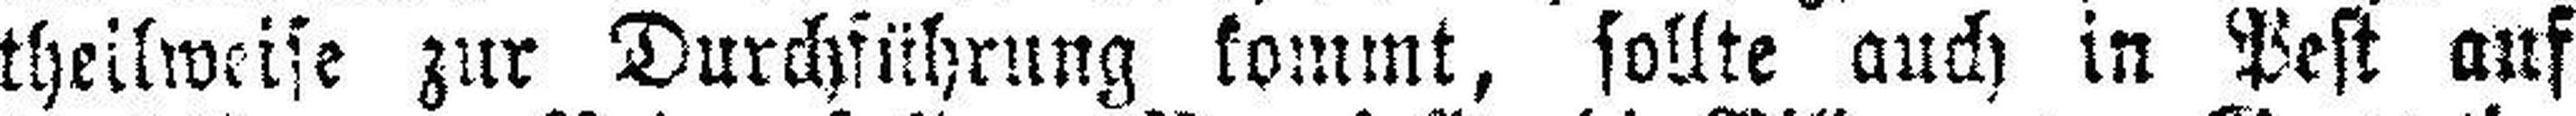
theilweise zur Durchführung kommt, sollte auch in Pest auf